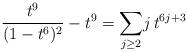
LaTeX: \begin{align*}\frac{t^9}{(1-t^6)^2}-t^9=\displaystyle{\sum_{j\ge 2}} j\,t^{6j+3}\end{align*}